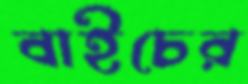
বাইচের